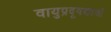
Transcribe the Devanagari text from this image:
वायुप्रदूषणाची